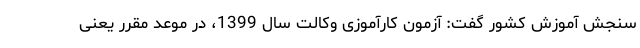
سنجش آموزش کشور گفت: آزمون کارآموزی وکالت سال 1399، در موعد مقرر یعنی